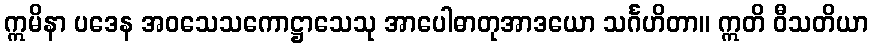
ဣမိနာ ပဒေန အဝသေသကောဋ္ဌာသေသု အာပေါဓာတုအာဒယော သင်္ဂဟိတာ။ ဣတိ ဝီသတိယာ